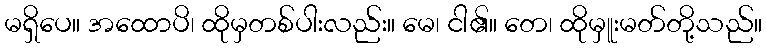
မရှိပေ။ အထောပိ၊ ထိုမှတစ်ပါးလည်း။ မေ၊ ငါ၏။ တေ၊ ထိုမှူးမတ်တို့သည်။